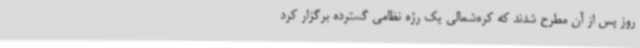
روز پس از آن مطرح شدند که کره‌شمالی یک رژه نظامی گسترده برگزار کرد